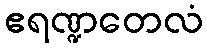
ဧရဏ္ဍတေလံ